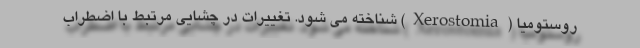
روستومیا (Xerostomia) شناخته می شود. تغییرات در چشایی مرتبط با اضطراب